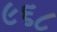
૯૬૮